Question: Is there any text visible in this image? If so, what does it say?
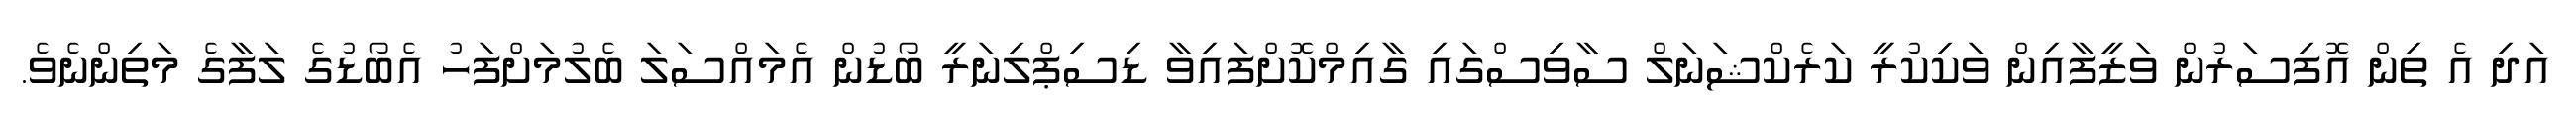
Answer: އަދި އެ ތިން އޮފިސަރުން ވަޒީފާއިން ވަކިކުރީ ކަރެކްޝަނަލް ސާވިސްގައި ގާއިމްކޮށްފައިވާ ޑިސިޕްލިނަރީ ބޯޑުން އެމައްސަލަ ބެލުމަށްފަހު އެބޯޑުގެ ލަފާގެ މަތިންނެވެ.